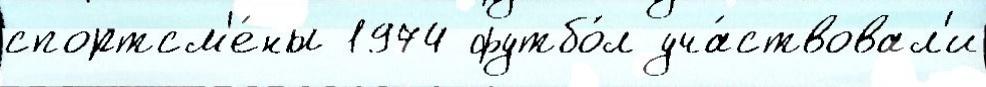
спортсм'е́ны 1974 футбо́л уча́ствовал'и